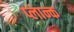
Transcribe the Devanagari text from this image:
प्लान्क